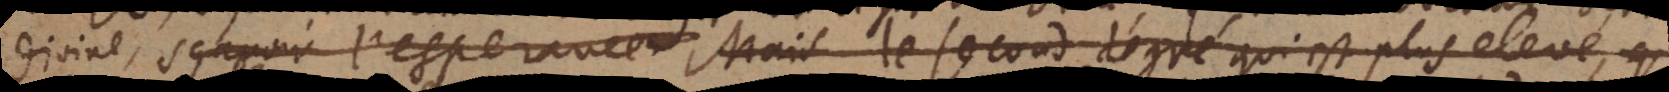
divine, sçavoir l’esperance, mais le second degré qui est plus elevé, q